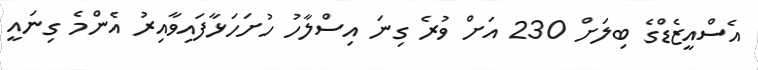
އެސްއީޒެޑްގެ ބިލަށް 230 އަށް ވުރެ ގިނަ އިސްލާހު ހުށަހަޅާފައިވާއިރު އެންމެ ގިނައީ